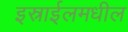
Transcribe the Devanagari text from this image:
इस्राईलमधील